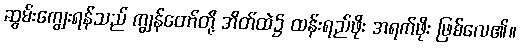
ဆွမ်းကျွေးရန်သည် ကျွန်တော်တို့ အိတ်ထဲ၌ ထန်းရည်ဖိုး အရက်ဖိုး ဖြစ်လေ၏။